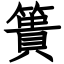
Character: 簣